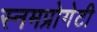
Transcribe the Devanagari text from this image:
स्नमप्रोगेटी